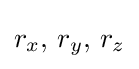
r_{x},\,r_{y},\,r_{z}